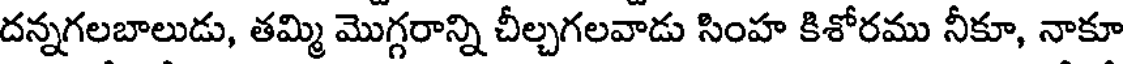
దన్నగలబాలుడు, తమ్మి మొగ్గరాన్ని చీల్చగలవాడు సింహ కిశోరము నీకూ, నాకూ